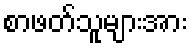
စာဖတ်သူများအား